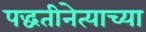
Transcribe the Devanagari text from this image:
पद्धतीनेत्याच्या